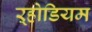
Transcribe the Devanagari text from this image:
ऱ्होडियम